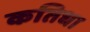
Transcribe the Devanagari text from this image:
कतिधा